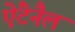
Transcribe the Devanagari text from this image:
ऐंटेनैल